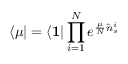
\langle \mu | = \langle \mathbf { 1 } | \prod _ { i = 1 } ^ { N } e ^ { \frac { \mu } { N } \hat { n } _ { s } ^ { i } }